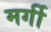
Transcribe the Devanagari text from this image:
मर्गी